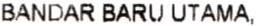
BANDAR BARU UTAMA,